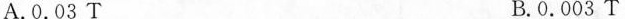
A.0.03T B.0.003T